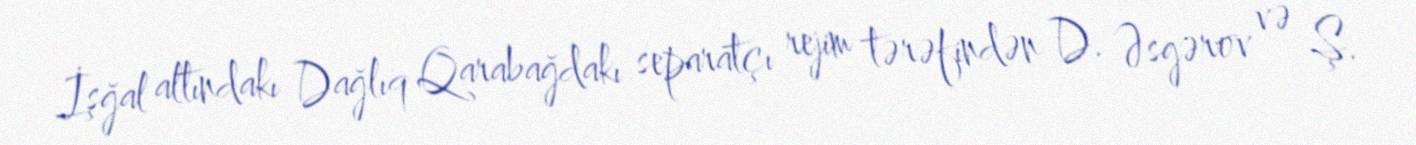
İşğal altındakı Dağlıq Qarabağdakı separatçı rejim tərəfindən D. Əsgərov və Ş.